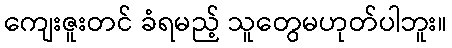
ကျေးဇူးတင် ခံရမည့် သူတွေမဟုတ်ပါဘူး။